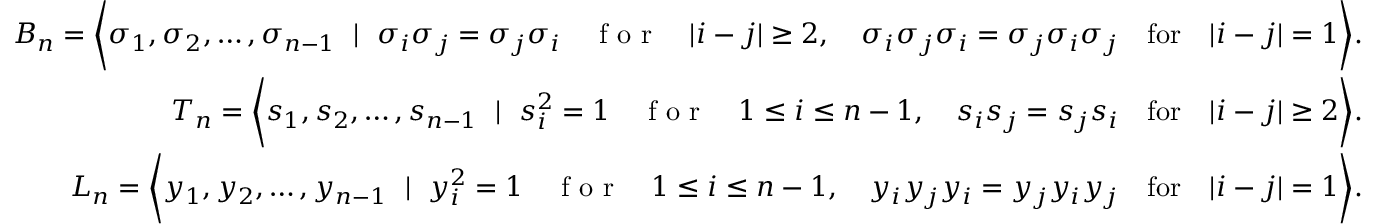
\begin{array} { r l r } & { } & { B _ { n } = \Bigg \langle \sigma _ { 1 } , \sigma _ { 2 } , \ldots , \sigma _ { n - 1 } ~ \mid ~ \sigma _ { i } \sigma _ { j } = \sigma _ { j } \sigma _ { i } \quad \textrm { f o r } \quad | i - j | \ge 2 , \quad \sigma _ { i } \sigma _ { j } \sigma _ { i } = \sigma _ { j } \sigma _ { i } \sigma _ { j } \quad \mathrm { f o r } \quad | i - j | = 1 \Bigg \rangle . } \\ & { } & { T _ { n } = \Bigg \langle s _ { 1 } , s _ { 2 } , \ldots , s _ { n - 1 } ~ \mid ~ s _ { i } ^ { 2 } = 1 \quad \textrm { f o r } \quad 1 \le i \le n - 1 , \quad s _ { i } s _ { j } = s _ { j } s _ { i } \quad \mathrm { f o r } \quad | i - j | \geq 2 \Bigg \rangle . } \\ & { } & { L _ { n } = \Bigg \langle y _ { 1 } , y _ { 2 } , \ldots , y _ { n - 1 } ~ \mid ~ y _ { i } ^ { 2 } = 1 \quad \textrm { f o r } \quad 1 \le i \le n - 1 , \quad y _ { i } y _ { j } y _ { i } = y _ { j } y _ { i } y _ { j } \quad \mathrm { f o r } \quad | i - j | = 1 \Bigg \rangle . } \end{array}